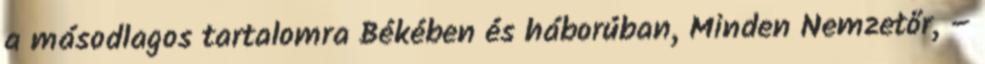
a másodlagos tartalomra Békében és háborúban, Minden Nemzetőr, –